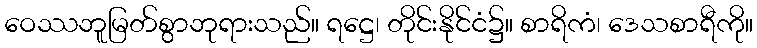
ဝေဿဘူမြတ်စွာဘုရားသည်။ ရဋ္ဌေ၊ တိုင်းနိုင်ငံ၌။ စာရိကံ၊ ဒေသစာရီကို။